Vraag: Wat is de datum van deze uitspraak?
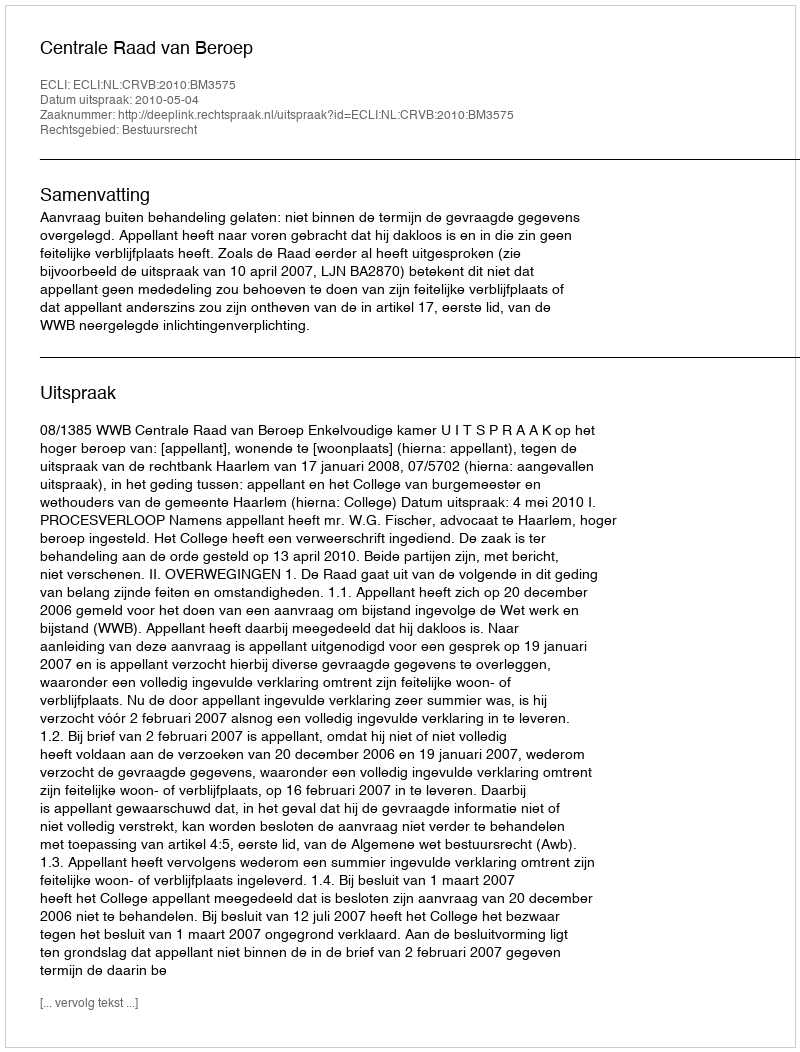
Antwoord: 2010-05-04